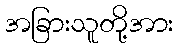
အခြားသူတို့အား